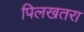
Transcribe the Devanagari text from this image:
पिलखतरा